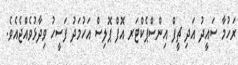
ރަހުމާ ސައީދު އަދި ޗީފް އިންސްޕެކްޓަރ އޮފް ޕޮލިސް އަހުމަދު ފަސީހު ވިދާޅުވެއްޖެއެވެ.